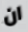
ان